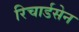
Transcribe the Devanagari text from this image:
रिचार्डसेन